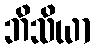
ဘိသိယာ